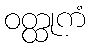
ဝတ္ထုကံ